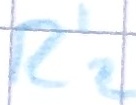
Text: R'2